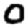
Digit: 0